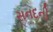
સનદની